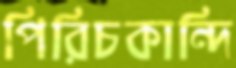
পিরিচকান্দি